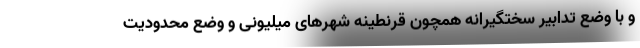
و با وضع تدابیر سختگیرانه همچون قرنطینه شهرهای میلیونی و وضع محدودیت